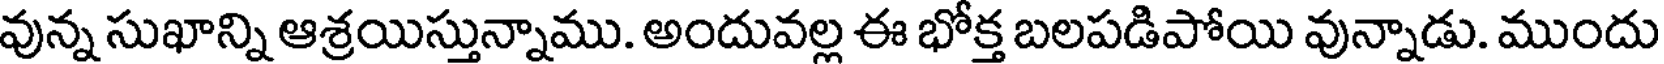
వున్న సుఖాన్ని ఆశ్రయిస్తున్నాము. అందువల్ల ఈ భోక్త బలపడిపోయి వున్నాడు. ముందు